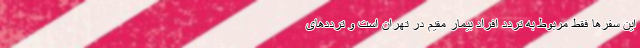
این سفرها فقط مربوط به تردد افراد بیمار مقیم در تهران است و ترددهای